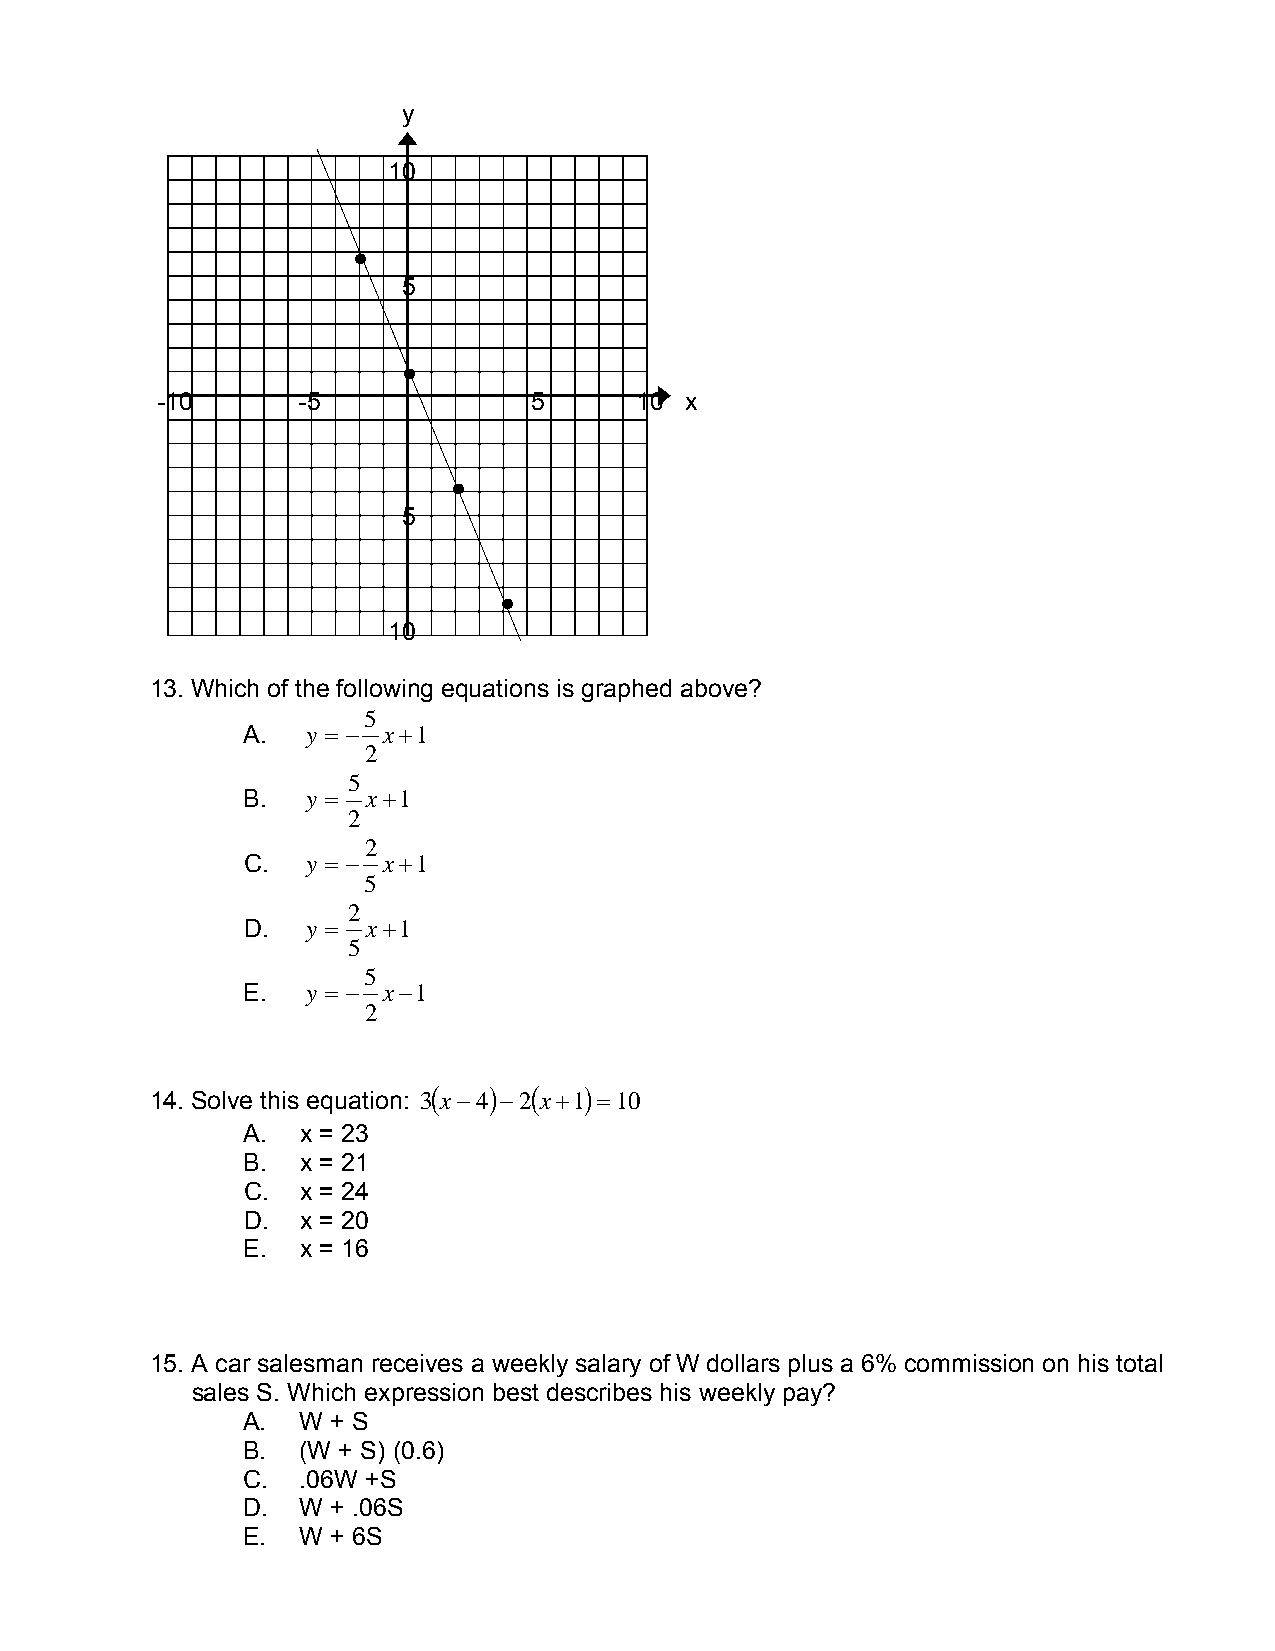
y
 10
 ●
 5
 ●
 -10       -5             5      10 x
 ●
 5
 ●
 10
 13. Which of the following equations is graphed above?
 5
 A.  y = − x+1
 2
 5
 B.  y = x+1
 2
 2
 C.  y = − x+1
 5
 2
 D.  y = x+1
 5
 5
 E.  y = − x−1
 2
 14. Solve this equation: 3( x−4) −2( x+1) =10
 A.  x = 23
 B.  x = 21
 C.  x = 24
 D.  x = 20
 E.  x = 16
 15. A car salesman receives a weekly salary of W dollars plus a 6% commission on his total
 sales S. Which expression best describes his weekly pay?
 A.  W + S
 B.  (W + S) (0.6)
 C.  .06W +S
 D.  W + .06S
 E.  W + 6S